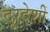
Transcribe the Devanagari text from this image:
दूरदेशीं